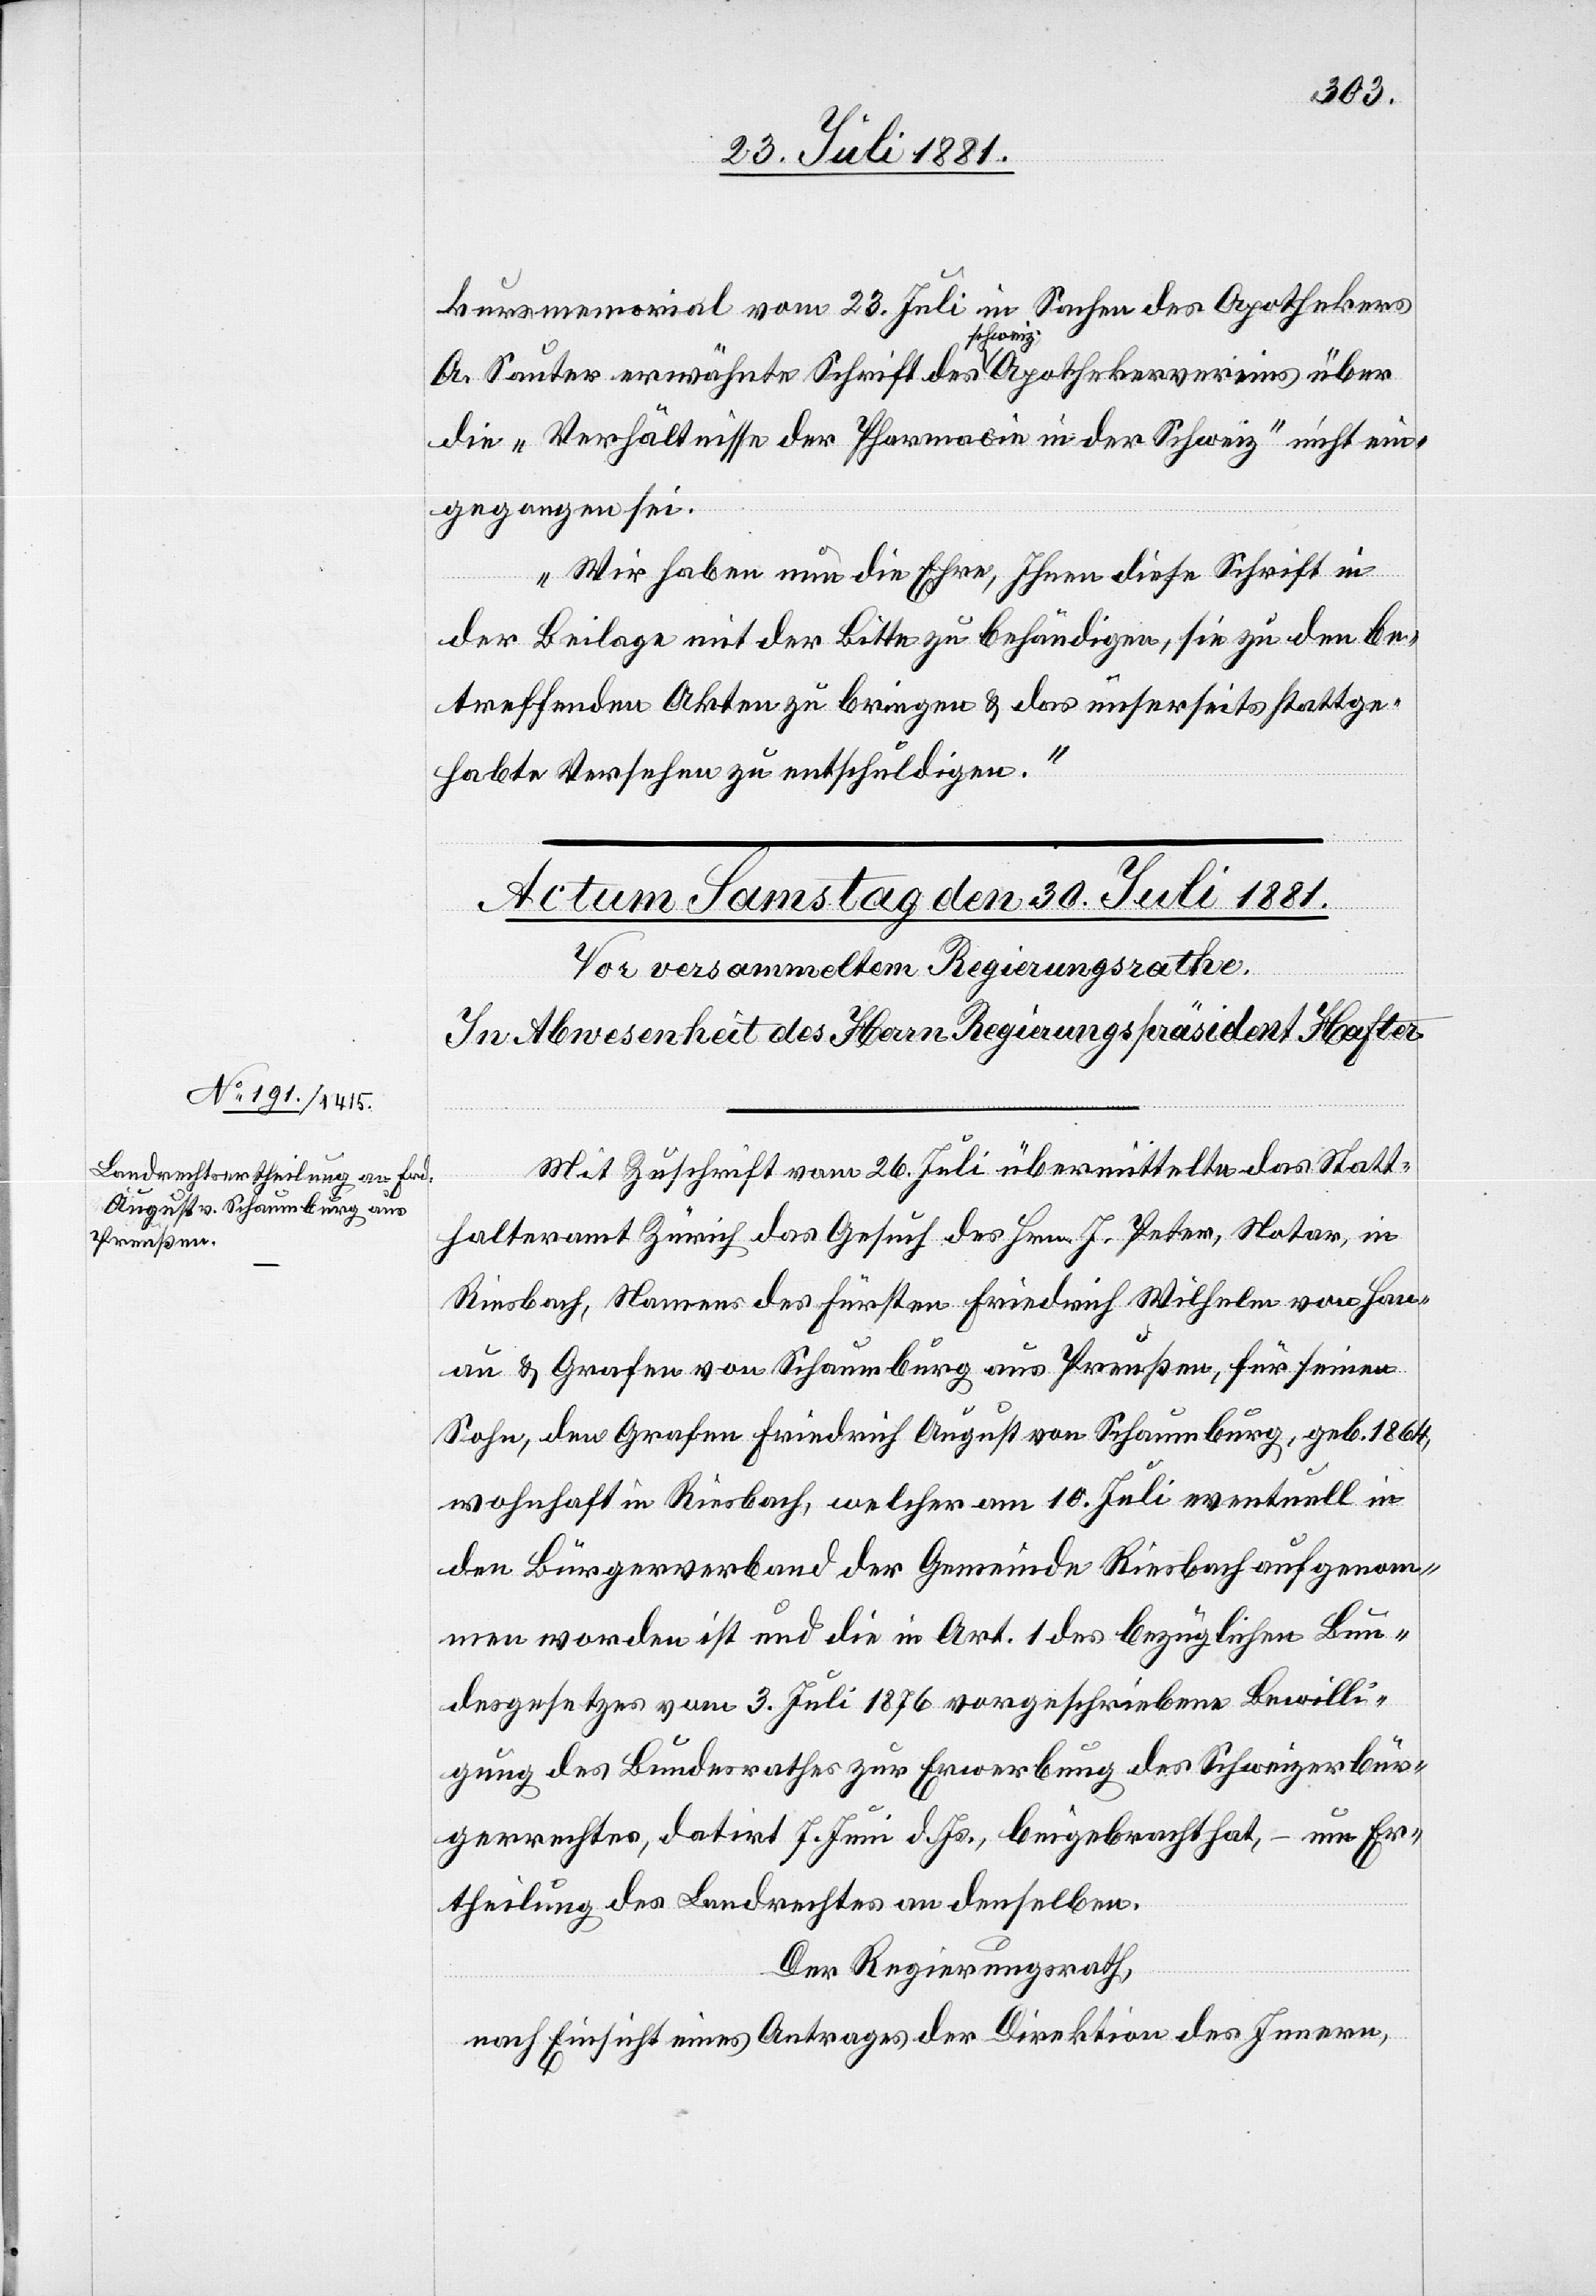
August von Schaumburg, geb.

kursmemorial vom 23. Juli in Sachen des Apothekers
A. Sauter erwähnte Schrift des schweiz. Apothekervereins über
die „Verhältnisse der Pharmacie in der Schweiz“ nicht ein¬
gegangen sei.
Wir haben nun die Ehre, Ihnen diese Schrift in
der Beilage mit der Bitte zu behändigen, sie zu den be¬
treffenden Akten zu bringen & das unserseits stattge¬
habte Versehen zu entschuldigen.“
Mit Zuschrift vom 26. Juli übermittelte das Statt¬
halteramt Zürich das Gesuch des Hrn. J. Peter, Notar, von
Riesbach, Namens des Fürsten Friedrich Wilhelm von Hanau
wohnhaft in Riesbach, welcher am 10. Juli eventuell in
den Bürgerverband der Gemeinde Riesbach aufgenom¬
men worden ist und die in Art. 1 des bezüglichen Bun¬
desgesetzes vom 3. Juli 1876 vorgeschriebene Bewilli¬
gung des Bundesrathes zur Erwerbung des Schweizerbür¬
gerrechtes, datirt 7. Juni d. Js., beigebracht hat, um Er¬
theilung des Landrechtes an denselben.
Der Regierungsrath,
nach Einsicht eines Antrages der Direktion des Innern,